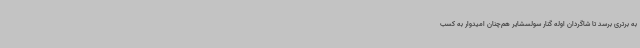
به برتری برسد تا شاگردان اوله گنار سولسشایر هم‌چنان امیدوار به کسب